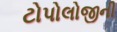
ટોપોલોજીની